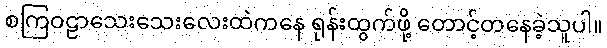
စကြဝဠာသေးသေးလေးထဲကနေ ရုန်းထွက်ဖို့ တောင့်တနေခဲ့သူပါ။